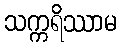
သက္ကရိဿာမ